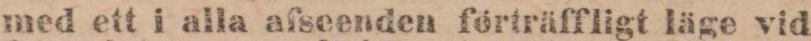
med ett i alla afseenden förträffligt läge vid